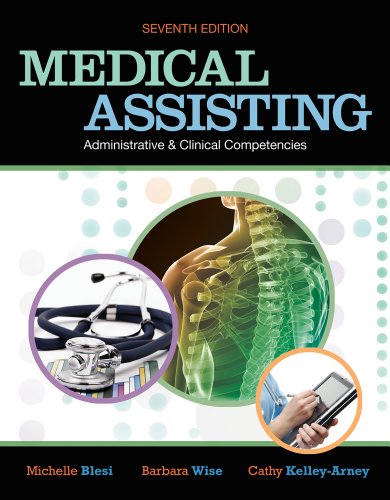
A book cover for Medical Assisting: Adminitrative and Clinical Competencies; Michelle Blesi; Medical Books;